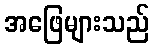
အဖြေများသည်